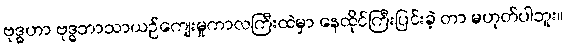
ဗုဒ္ဓဟာ ဗုဒ္ဓဘာသာယဉ်ကျေးမှုကာလကြီးထဲမှာ နေထိုင်ကြီးပြင်းခဲ့ တာ မဟုတ်ပါဘူး။